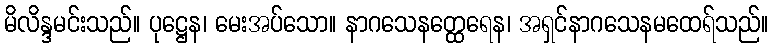
မိလိန္ဒမင်းသည်။ ပုဋ္ဌေန၊ မေးအပ်သော။ နာဂသေနတ္ထေရေန၊ အရှင်နာဂသေနမထေရ်သည်။